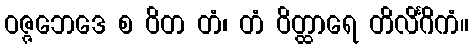
ဝဇ္ဇဘေဒေ စ ဝိတ တံ၊ တံ ဝိတ္ထာရေ တိလိင်္ဂိကံ။